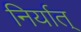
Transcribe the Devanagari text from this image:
निर्यात्‌